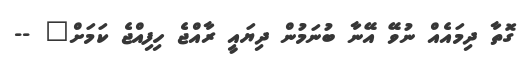
ގޮތާ ދިމައެއް ނުވޭ އޭނާ ބުނަމުން ދިޔައީ ރާއްޖެ ހިފިއްޖެ ކަމަށް" --